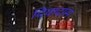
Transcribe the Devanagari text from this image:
दिवादास